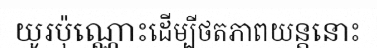
យូរប៉ុណ្ណោះដើម្បីថតភាពយន្តនោះ